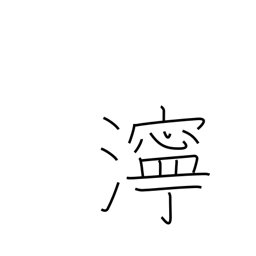
Meaning: muddiness